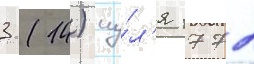
3 (14) иу́л'я 1772